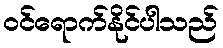
ဝင်ရောက်နိုင်ပါသည်